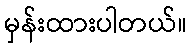
မှန်းထားပါတယ်။